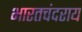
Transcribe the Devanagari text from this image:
भारतचंदराय